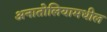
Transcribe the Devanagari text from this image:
अनातोलियामधील